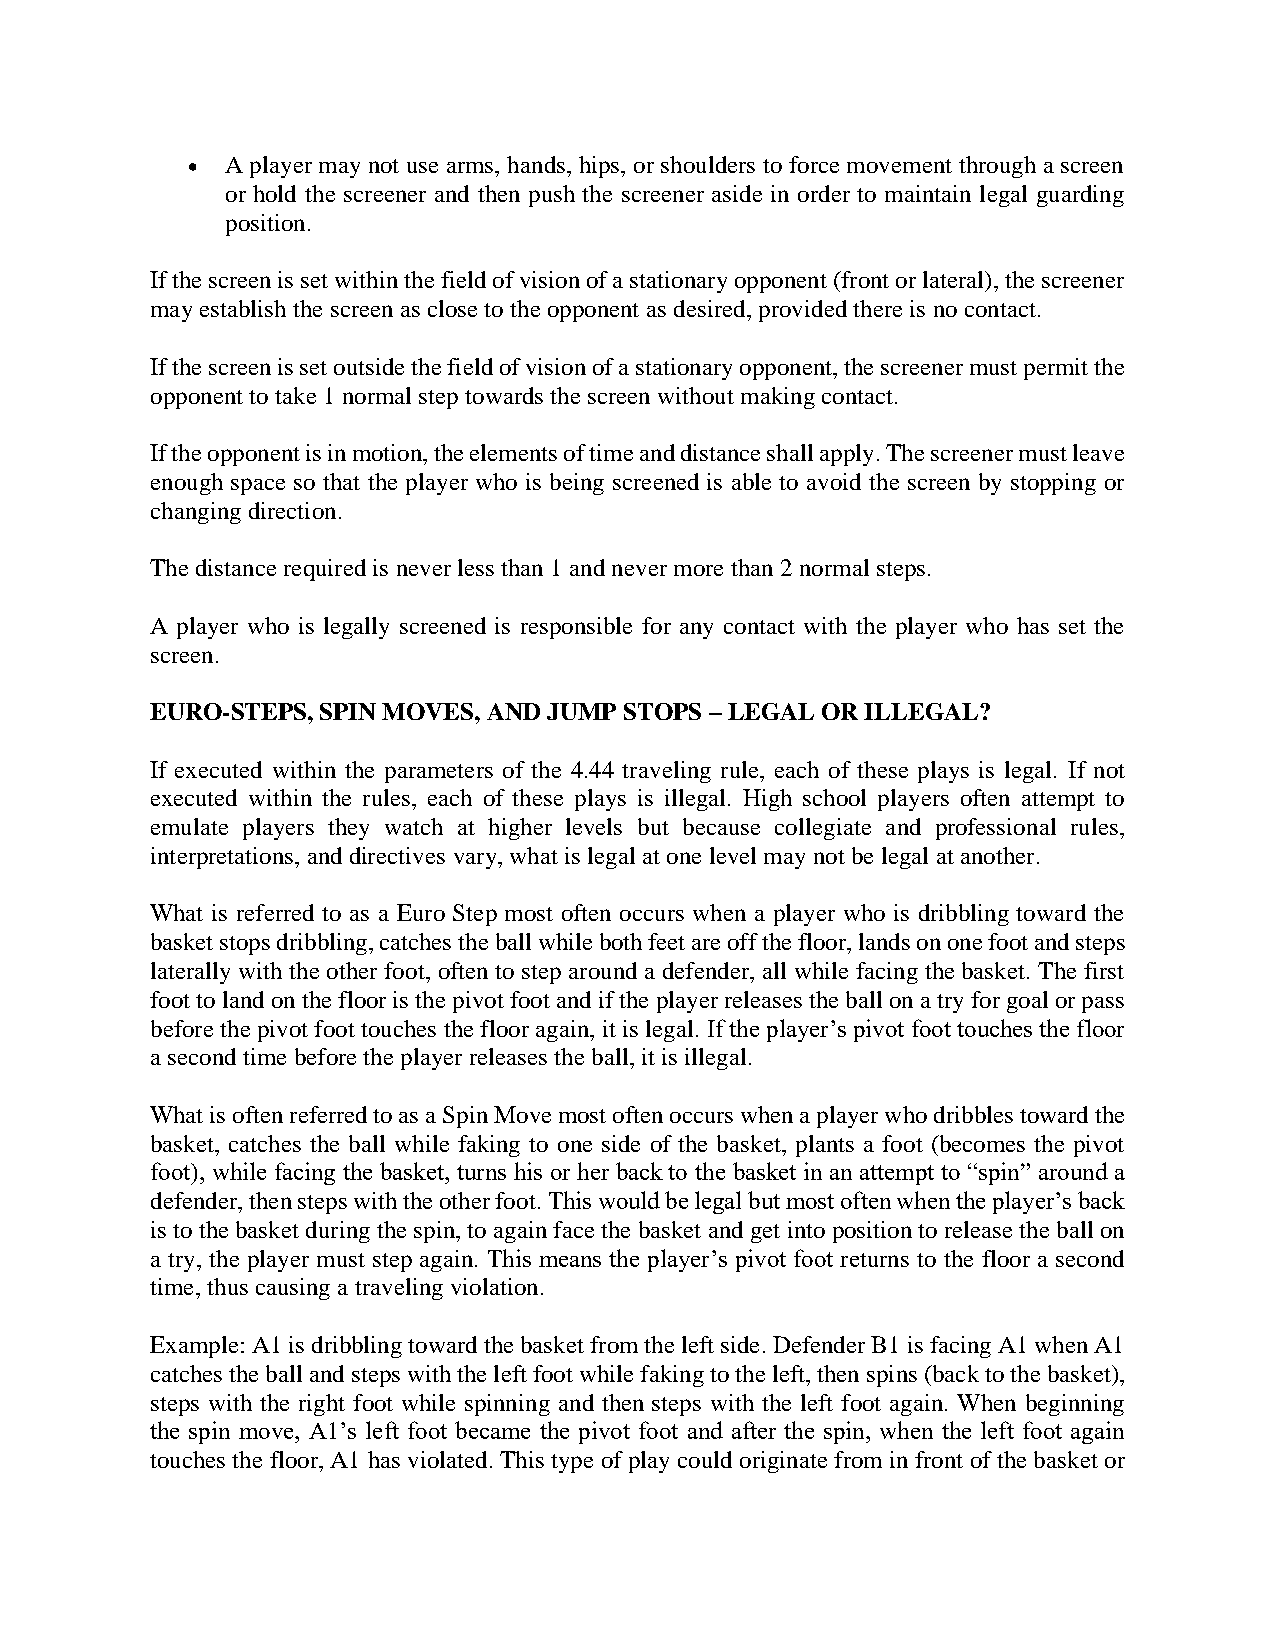
•  A player may not use arms, hands, hips, or shoulders to force movement through a screen
 or hold the screener and then push the screener aside in order to maintain legal guarding
 position.
 If the screen is set within the field of vision of a stationary opponent (front or lateral), the screener
 may establish the screen as close to the opponent as desired, provided there is no contact.
 If the screen is set outside the field of vision of a stationary opponent, the screener must permit the
 opponent to take 1 normal step towards the screen without making contact.
 If the opponent is in motion, the elements of time and distance shall apply. The screener must leave
 enough space so that the player who is being screened is able to avoid the screen by stopping or
 changing direction.
 The distance required is never less than 1 and never more than 2 normal steps.
 A player who is legally screened is responsible for any contact with the player who has set the
 screen.
 EURO-STEPS, SPIN MOVES, AND JUMP STOPS – LEGAL OR ILLEGAL?
 If executed within the parameters of the 4.44 traveling rule, each of these plays is legal. If not
 executed within the rules, each of these plays is illegal. High school players often attempt to
 emulate players they watch at higher levels but because collegiate and professional rules,
 interpretations, and directives vary, what is legal at one level may not be legal at another.
 What is referred to as a Euro Step most often occurs when a player who is dribbling toward the
 basket stops dribbling, catches the ball while both feet are off the floor, lands on one foot and steps
 laterally with the other foot, often to step around a defender, all while facing the basket. The first
 foot to land on the floor is the pivot foot and if the player releases the ball on a try for goal or pass
 before the pivot foot touches the floor again, it is legal. If the player’s pivot foot touches the floor
 a second time before the player releases the ball, it is illegal.
 What is often referred to as a Spin Move most often occurs when a player who dribbles toward the
 basket, catches the ball while faking to one side of the basket, plants a foot (becomes the pivot
 foot), while facing the basket, turns his or her back to the basket in an attempt to “spin” around a
 defender, then steps with the other foot. This would be legal but most often when the player’s back
 is to the basket during the spin, to again face the basket and get into position to release the ball on
 a try, the player must step again. This means the player’s pivot foot returns to the floor a second
 time, thus causing a traveling violation.
 Example: A1 is dribbling toward the basket from the left side. Defender B1 is facing A1 when A1
 catches the ball and steps with the left foot while faking to the left, then spins (back to the basket),
 steps with the right foot while spinning and then steps with the left foot again. When beginning
 the spin move, A1’s left foot became the pivot foot and after the spin, when the left foot again
 touches the floor, A1 has violated. This type of play could originate from in front of the basket or